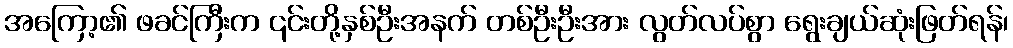
အကြော့၏ ဖခင်ကြီးက ၎င်းတို့နှစ်ဦးအနက် တစ်ဦးဦးအား လွတ်လပ်စွာ ရွေးချယ်ဆုံးဖြတ်ရန်၊